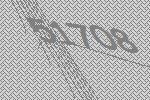
51708